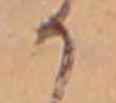
か